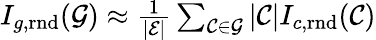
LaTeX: \begin{array}{r}{I_{g,\mathrm{rnd}}(\mathcal{G})\approx\frac{1}{\left|\mathcal{E}\right|}\sum_{\mathcal{C}\in\mathcal{G}}|\mathcal{C}|I_{c,\mathrm{rnd}}(\mathcal{C})}\end{array}